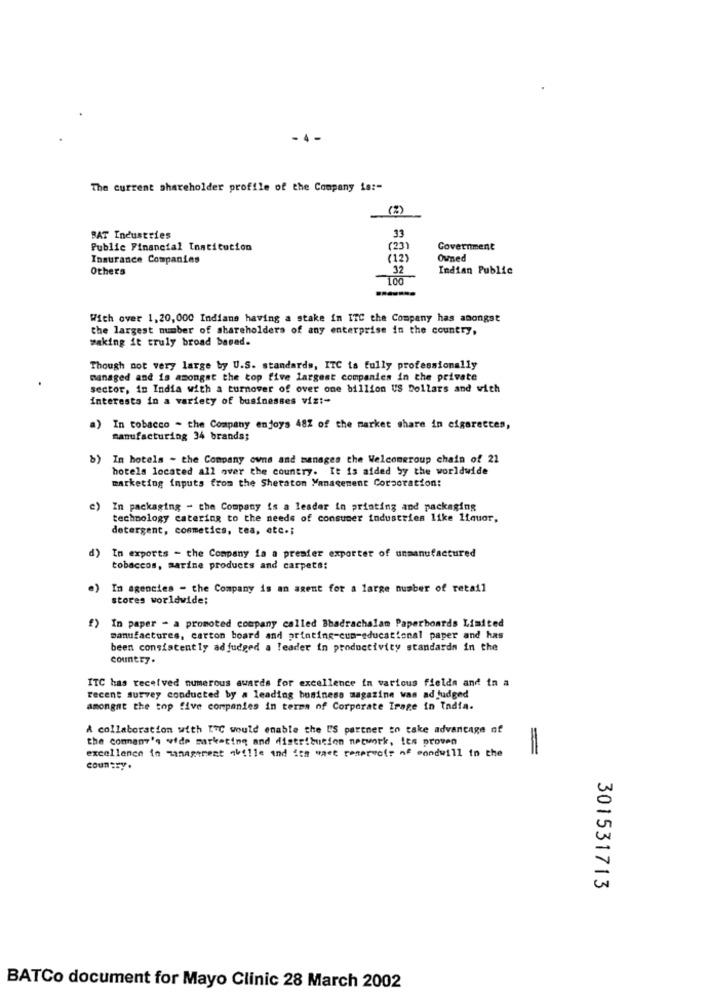
The current shareholder profile of the Company is :-
(%)
BAT Industries
33
Public Financial Institution
(23
Government
Insurance Companies
(12)
Owned
Others
32
Indian Public
100
With over 1,20, 000 Indians having a stake in ITC the Company has amongst
the largest number of shareholders of any enterprise in the country,
waking it truly broad based.
Though not very large by U.S. standards, ITC is fully professionally
managed and is amongst the top five largest companies in the private
sector, in India with a turnover of over one billion US Dollars and with
interests in a variety of businesses vizt-
a)
In tobacco - the Company enjoys 482 of the market share in cigarettes,
manufacturing 34 brands;
b) In hotels - the Company owns and manages the Welcomeroup chain of 22
hotels located all over the country. It is aided by the worldwide
marketing inputs from the Sheraton Management Corporation:
") In packaging - the Company is a leader in printing and packaging
technology catering to the needs of consumer industries like liquor,
detergent, cosmetics, tea, etc .;
d)
In exports - the Company ia a premier exporter of unmanufactured
tobaccos, marine products and carpets:
In agencies - the Company is an agent for a large number of retail
stores worldwide;
f) In paper - a promoted company called Bbadrachalam Paperboards Limited
manufactures, carton board and printing-cup-educational paper and has
been consistently adjudged a leader in productivity standards in the
country.
ITC has received numerous awards for excellence in various fields and in a
recent survey conducted by a leading business magazine was ad judged
amongat the top five companies in terms of Corporate Irage in India.
A collaboration with ETC would enable the U'S partner to take advancage of
the company's vide marketing and distribution network, its proven
excellence in management abille and isa waet reservoir of condwill to the
=
country .
301531713
BATCo document for Mayo Clinic 28 March 2002